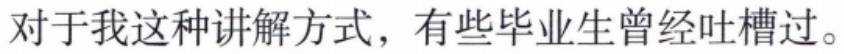
对于我这种讲解方式，有些毕业生曾经吐槽过。